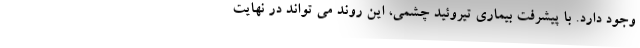
وجود دارد. با پیشرفت بیماری تیروئید چشمی، این روند می تواند در نهایت